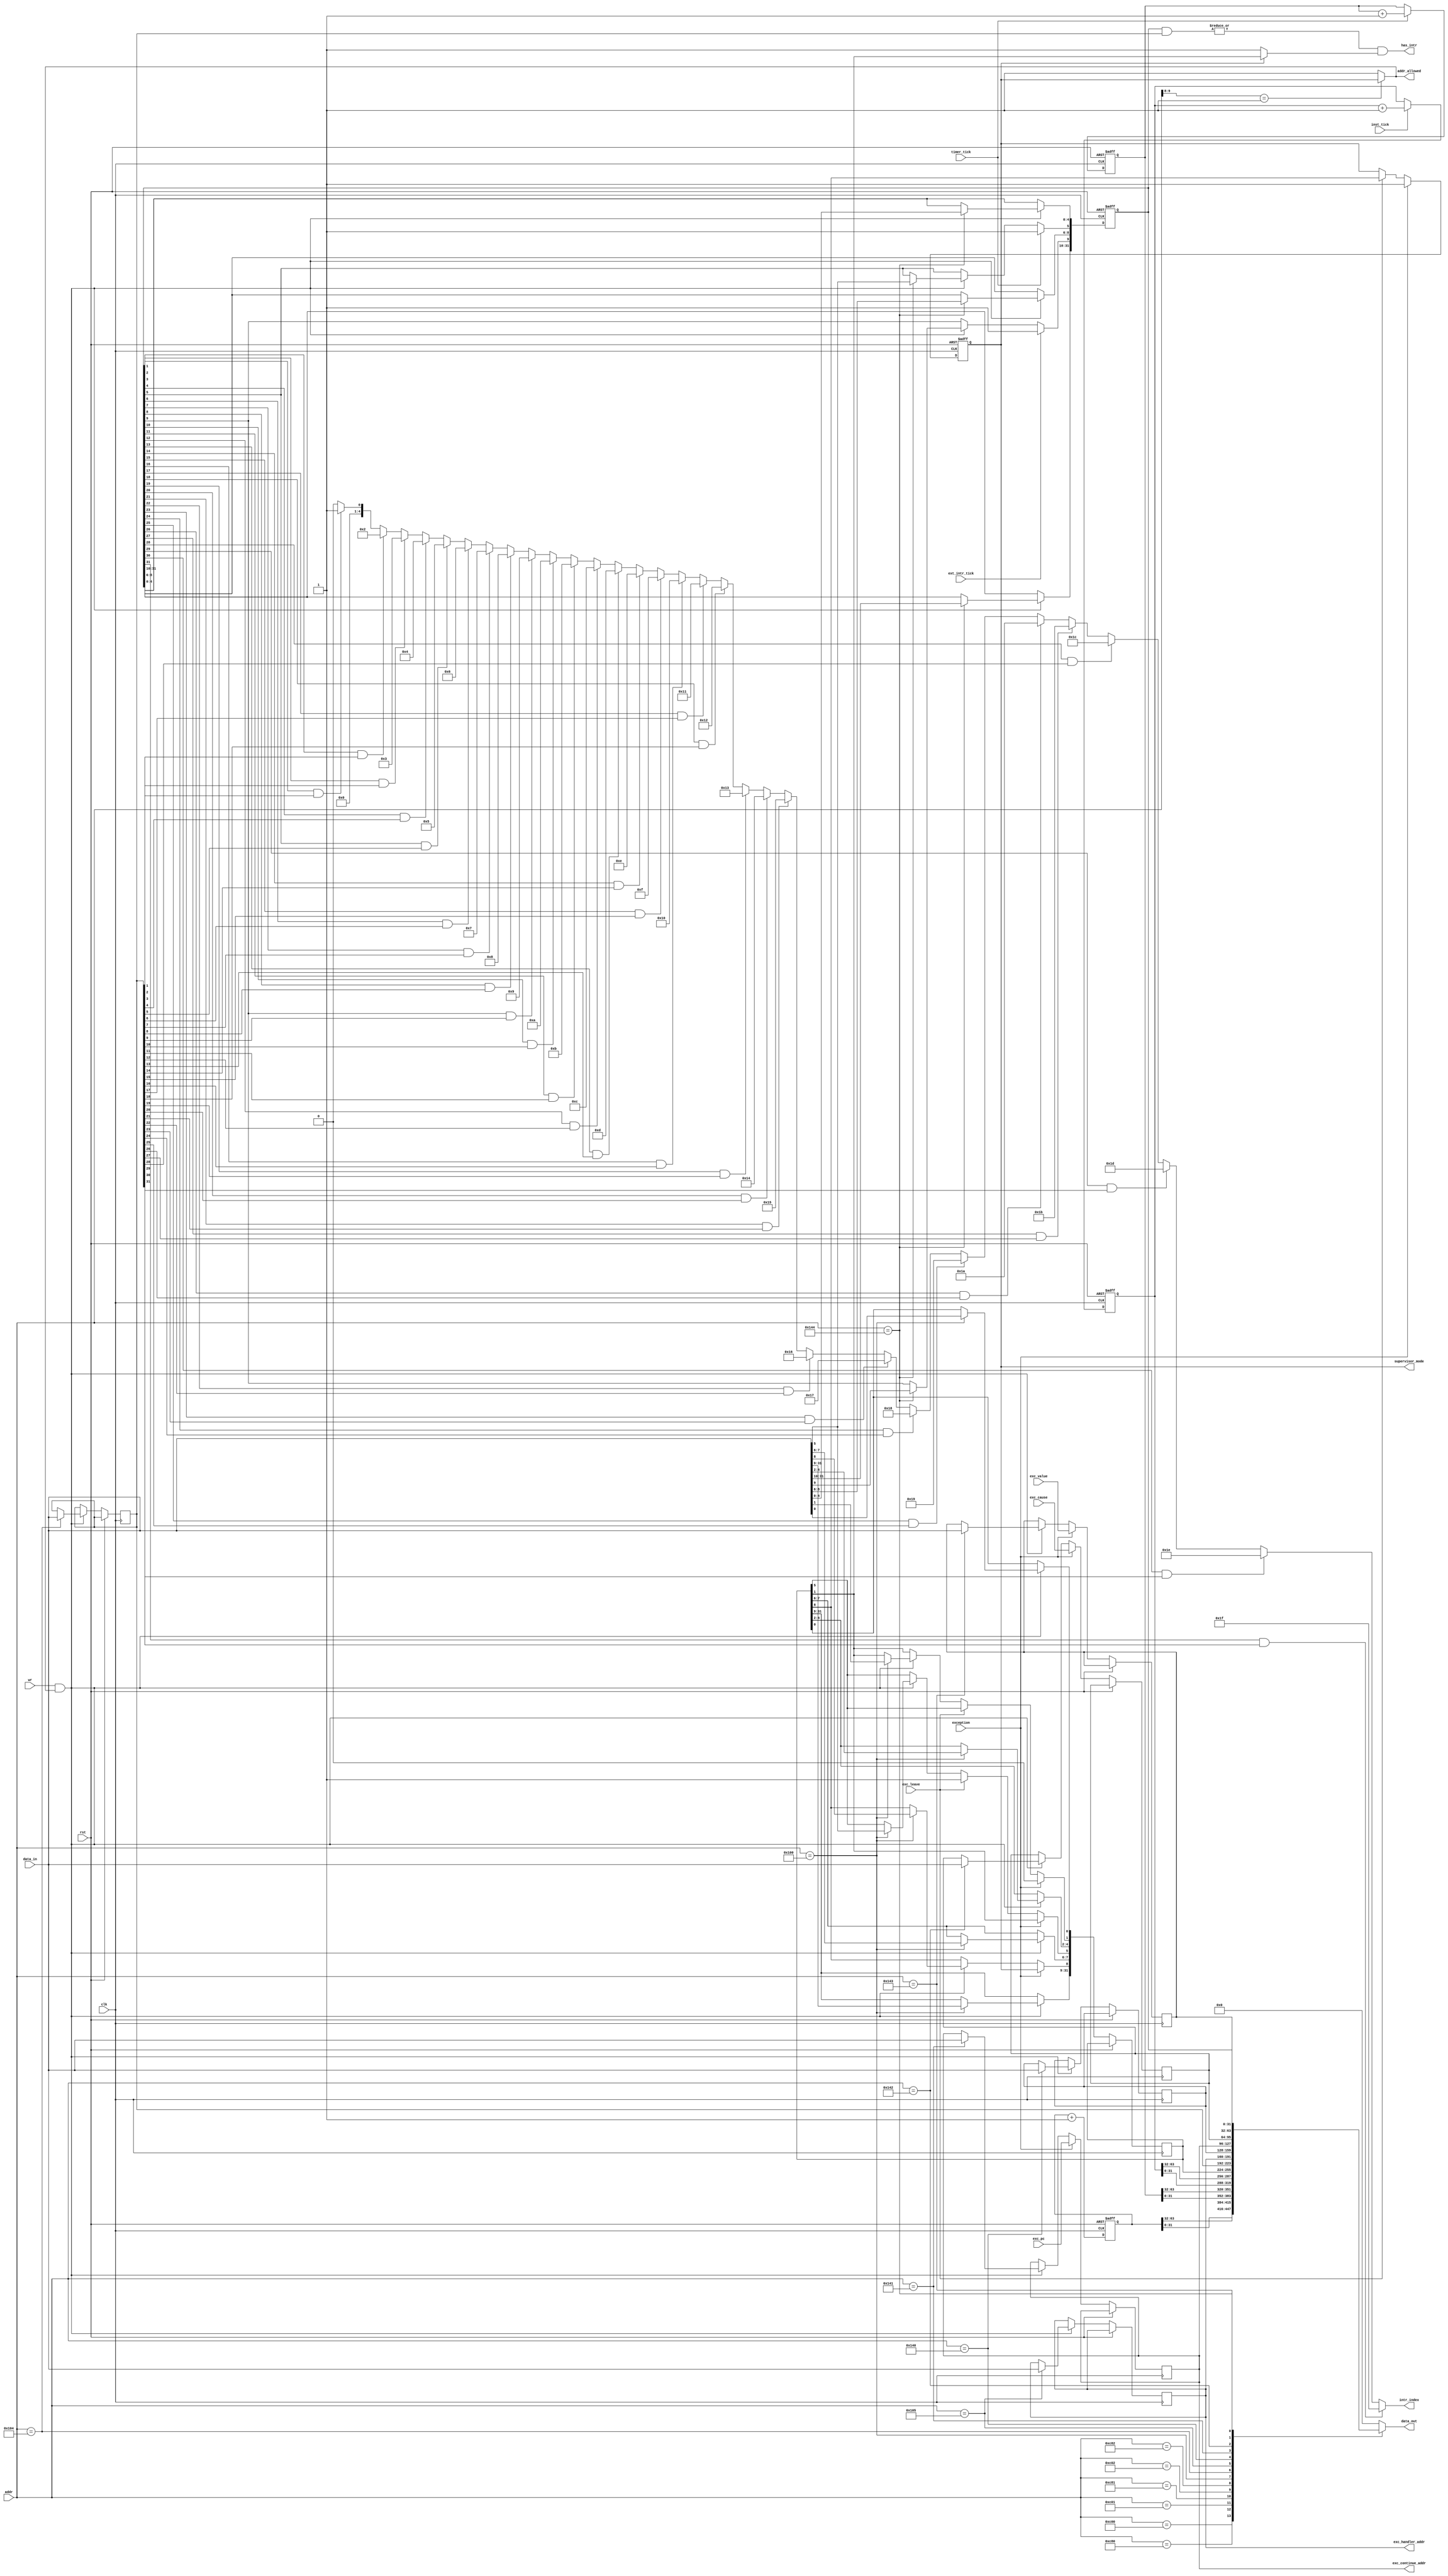
module cpu_csrs (
	input clk, rst,

	input [11:0] addr,
	output addr_allowed,

	input [31:0] data_in,
	output reg [31:0] data_out,
	input wr, 
	
	input inst_tick, timer_tick, ext_intr_tick,

	input exception, exc_leave, 
	input [31:0] exc_cause, exc_pc, exc_value,
	output [31:0] exc_handler_addr, exc_continue_addr,

	output has_intr,
	output reg [4:0] intr_index,
	output reg supervisor_mode
);
	localparam CYCLE_ADDR		= 12'hC00,
			   CYCLEH_ADDR 		= 12'hC80,
			   TIME_ADDR 		= 12'hC01,
			   TIMEH_ADDR 		= 12'hC81,
			   INSTRET_ADDR		= 12'hC02,
			   INSTRETH_ADDR	= 12'hC82;

	localparam SSTATUS_ADDR 	= 12'h100,
			   SIE_ADDR			= 12'h104,
			   STVEC_ADDR		= 12'h105,
			   SCOUNTEREN_ADDR	= 12'h106,
			   SENVCVG_ADDR		= 12'h10A,
			   SSCRATCH_ADDR	= 12'h140,
			   SEPC_ADDR		= 12'h141,
			   SCAUSE_ADDR		= 12'h142,
			   STVAL_ADDR		= 12'h143,
			   SIP_ADDR			= 12'h144,
			   SATP_ADDR		= 12'h180,
			   SCONTEXT_ADDR	= 12'h5A8;

	// TODO: Add performance counters (hpmcounter3-hpmcounter31)
	// TODO: Add scounteren, senvcfg, scontext, satp

	reg [63:0] cycle_cnt, time_cnt, inst_cnt;
	
	assign addr_allowed = addr[9:8] == 2'b01 ? supervisor_mode : 1'b1;

	reg [31:0] sstatus, sie, stvec, sscratch, sepc, scause, stval, sip;

	wire sstatus_spp = sstatus[8],
		 sstatus_spie = sstatus[5],
		 sstatus_sie = sstatus[1];

	assign exc_handler_addr = stvec;
	assign exc_continue_addr = sepc;

	wire intr_allowed = supervisor_mode ? sstatus_sie : 1'b1;
	assign has_intr = |(sip & sie) && intr_allowed;

	integer i;
	always @* begin
		intr_index = 5'b0;
		for (i = 0; i < 32; i = i + 1) begin
			if (sip[i] && sie[i])
				intr_index = i;
		end
	end

	always @* begin
		data_out = 32'b0;

		case (addr)
		CYCLE_ADDR:     data_out = cycle_cnt[31:0];
		CYCLEH_ADDR:    data_out = cycle_cnt[63:32];
		TIME_ADDR:      data_out = time_cnt[31:0];
		TIMEH_ADDR:     data_out = time_cnt[63:32];
		INSTRET_ADDR:   data_out = inst_cnt[31:0];
		INSTRETH_ADDR:  data_out = inst_cnt[63:32];
		SSTATUS_ADDR:	data_out = sstatus;
		SIE_ADDR:      	data_out = sie;
		STVEC_ADDR:    	data_out = stvec;
		SSCRATCH_ADDR: 	data_out = sscratch;
		SEPC_ADDR:     	data_out = sepc;
		SCAUSE_ADDR:   	data_out = scause;
		STVAL_ADDR:    	data_out = stval;
		SIP_ADDR:      	data_out = sip;
		endcase
	end

	initial supervisor_mode = 1'b1;

	task reset;
		begin
			cycle_cnt <= 64'h0;
			time_cnt <= 64'h0;
			inst_cnt <= 64'h0;

			supervisor_mode <= 1'b1;
			sip <= 32'b0;
		end
	endtask

	task on_clock;
		begin
			if (wr && addr_allowed) begin
				case (addr)
				SSTATUS_ADDR:	sstatus <= data_in;
				SIE_ADDR:		sie <= data_in;
				STVEC_ADDR:		stvec <= data_in;
				SSCRATCH_ADDR:	sscratch <= data_in;
				SEPC_ADDR:		sepc <= data_in;
				SCAUSE_ADDR:	scause <= data_in;
				STVAL_ADDR:		stval <= data_in;
				SIP_ADDR:		sip <= data_in;
				endcase
			end

			if (exception) begin
				sepc <= exc_pc;
				stval <= exc_value;
				scause <= exc_cause;

				supervisor_mode <= 1'b1;
				sstatus[8] <= supervisor_mode;
				sstatus[5] <= sstatus[1];
				sstatus[1] <= 1'b0;
			end else if (exc_leave) begin
				supervisor_mode <= sstatus_spp;
				sstatus[1] <= sstatus_spie;
				sstatus[5] <= 1'b1;
			end

			if (timer_tick) begin
				time_cnt <= time_cnt + 32'b1;
				sip[5] <= 1'b1;
			end

			if (inst_tick)
				inst_cnt <= inst_cnt + 32'b1;

			if (ext_intr_tick)
				sip[9] <= 1'b1;

			cycle_cnt <= cycle_cnt + 32'b1;
		end
	endtask

	always @(posedge clk or posedge rst) begin
		if (rst) reset;
		else on_clock;
	end
endmodule